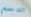
الدسم